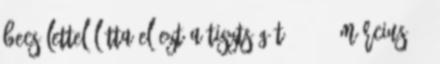
becsülettel látta el ezt a tisztségét. 1521. március 2.